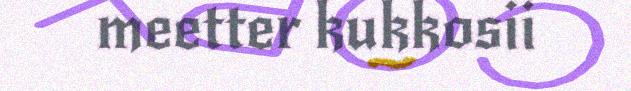
meetter kukkosii